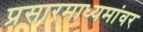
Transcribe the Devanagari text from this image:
प्रसारमाध्यमांवर